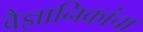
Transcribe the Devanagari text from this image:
वैज्ञानिकांचा